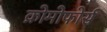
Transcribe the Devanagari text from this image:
क्रोमोफोर्स